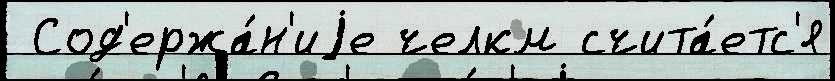
 Сод'ержа́н'иjе челкм счита́етс'я